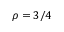
\rho = 3 / 4